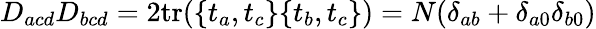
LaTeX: D_{acd}D_{bcd}=2\mathrm{tr}(\{ t_{a},t_{c}\} \{ t_{b},t_{c}\} )=N(\delta_{ab}+\delta_{a0}\delta_{b0})